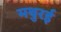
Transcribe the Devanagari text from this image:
मथुरई